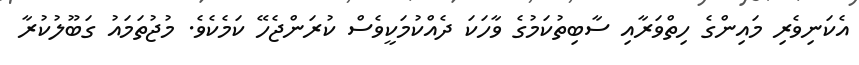
އެކަނިވެރި މައިންގެ ހިތްވަރާއި ސާބިތުކަމުގެ ވާހަކަ ދެއްކުމަކީވެސް ކުރަންޖެހޭ ކަމެކެވެ. މުޖުތަމައު ގަބޫލުކުރާ